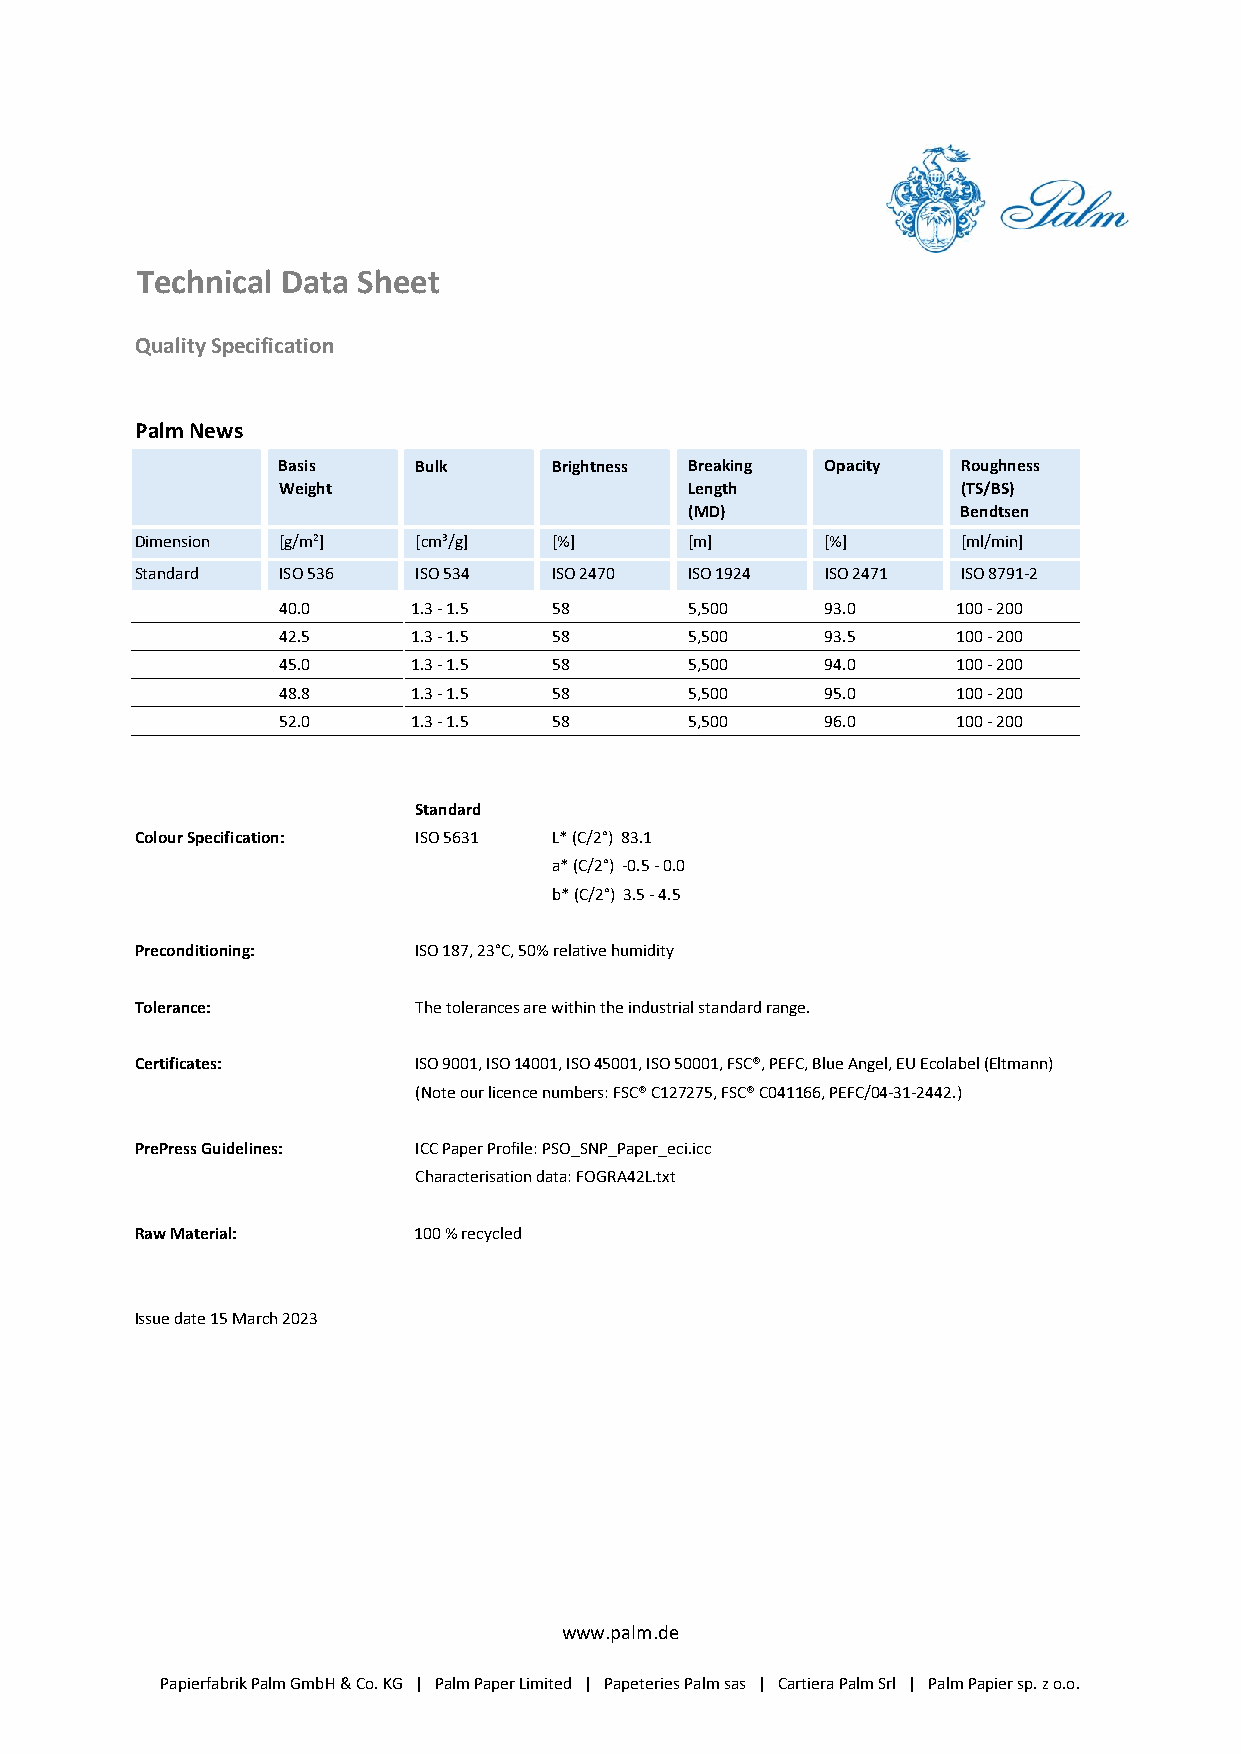
Technical Data Sheet
 Quality Specification
 Palm News
 Basis    Bulk      Brightness Breaking Opacity Roughness
 Weight                      Length            (TS/BS)
 (MD)              Bendtsen
 Dimension [g/m²]  [cm³/g]   [%]      [m]      [%]      [ml/min]
 Standard ISO 536  ISO 534   ISO 2470 ISO 1924 ISO 2471 ISO 8791-2
 40.0     1.3 - 1.5 58       5,500    93.0    100 - 200
 42.5     1.3 - 1.5 58       5,500    93.5    100 - 200
 45.0     1.3 - 1.5 58       5,500    94.0    100 - 200
 48.8     1.3 - 1.5 58       5,500    95.0    100 - 200
 52.0     1.3 - 1.5 58       5,500    96.0    100 - 200
 Standard
 Colour Specification: ISO 5631 L* (C/2°) 83.1
 a* (C/2°) -0.5 - 0.0
 b* (C/2°) 3.5 - 4.5
 Preconditioning:  ISO 187, 23°C, 50% relative humidity
 Tolerance:        The tolerances are within the industrial standard range.
 Certificates:     ISO 9001, ISO 14001, ISO 45001, ISO 50001, FSC®, PEFC, Blue Angel, EU Ecolabel (Eltmann)
 (Note our licence numbers: FSC® C127275, FSC® C041166, PEFC/04-31-2442.)
 PrePress Guidelines: ICC Paper Profile: PSO_SNP_Paper_eci.icc
 Characterisation data: FOGRA42L.txt
 Raw Material:     100 % recycled
 Issue date 15 March 2023
 www.palm.de
 Papierfabrik Palm GmbH & Co. KG | Palm Paper Limited | Papeteries Palm sas | Cartiera Palm Srl | Palm Papier sp. z o.o.